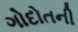
ગોદોતની